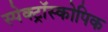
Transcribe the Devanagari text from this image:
स्पेक्ट्रॉस्कोपिक